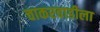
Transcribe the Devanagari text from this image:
चाकरवाडीला